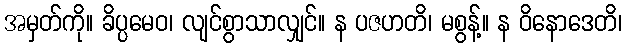
အမှတ်ကို။ ခိပ္ပမေဝ၊ လျင်စွာသာလျှင်။ န ပဇဟတိ၊ မစွန့်။ န ဝိနောဒေတိ၊